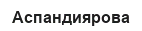
Аспандиярова